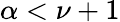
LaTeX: \alpha<\nu+1